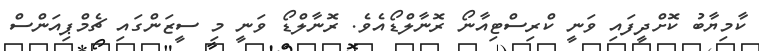
ކާމިޔާބު ކޮށްދީފައި ވަނީ ކްރިސްޓިއާނޯ ރޮނާލްޑޯއެވެ. ރޮނާލްޑޯ ވަނީ މި ސީޒަންގައި ޗެމްޕިއަންސް